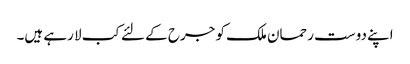
اپنے دوست رحمان ملک کو جرح کے لئے کب لا رہے ہیں۔